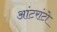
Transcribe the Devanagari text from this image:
आंटरांटो